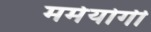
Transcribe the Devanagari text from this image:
मर्मयोगी